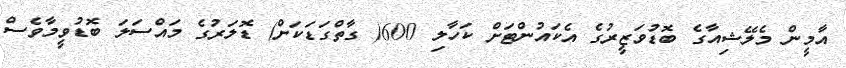
އާމީން މެލޭޝިއާގެ ބޮޑުވަޒީރުގެ އެކައުންޓަށް ކަހާލި 600( ގާތްގަޑަކަށް) ޑޮލަރުގެ މައްސަލަ ބޮޑުވީމާވެސް